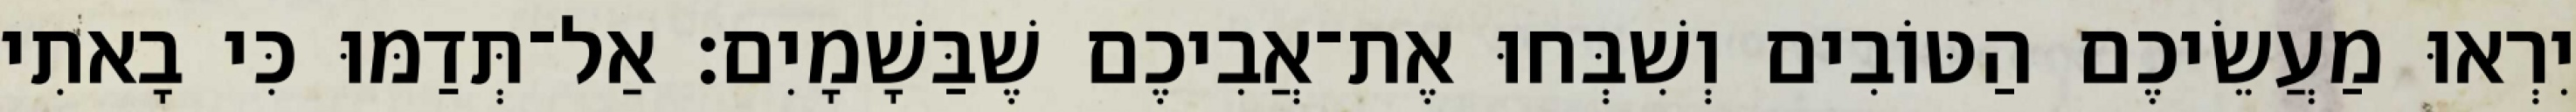
יִרְאוּ מַעֲשֵׂיכֶם הַטּוֹבִים וְשִׁבְּחוּ אֶת־אֲבִיכֶם שֶׁבַּשָׁמָיִם׃ אַל־תְּדַמּוּ כִּי בָאתִי